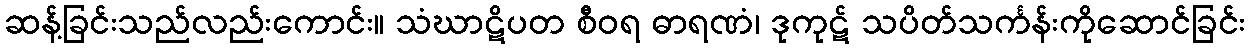
ဆန့်ခြင်းသည်လည်းကောင်း။ သံဃာဋိပတ စီဝရ ဓာရဏံ၊ ဒုကုဋ် သပိတ်သင်္ကန်းကိုဆောင်ခြင်း